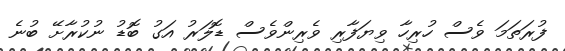
ފުރަތަމަ ވެސް ހުރިހާ ވިޔަފާރި ވެރިންވެސް ޑޮލަރު އަގު ބޮޑު ނުކުރާށޭ ބުނެ